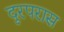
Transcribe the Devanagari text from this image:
दूरपरास